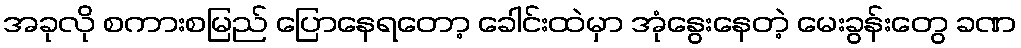
အခုလို စကားစမြည် ပြောနေရတော့ ခေါင်းထဲမှာ အုံနွေးနေတဲ့ မေးခွန်းတွေ ခဏ